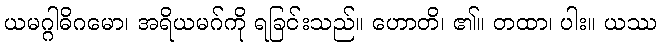
ယမဂ္ဂါဓိဂမော၊ အရိယမဂ်ကို ရခြင်းသည်။ ဟောတိ၊ ၏။ တထာ၊ ပါး။ ယဿ